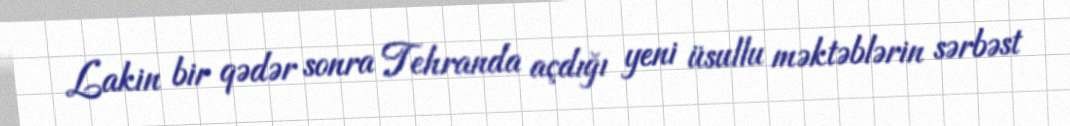
Lakin bir qədər sonra Tehranda açdığı yeni üsullu məktəblərin sərbəst